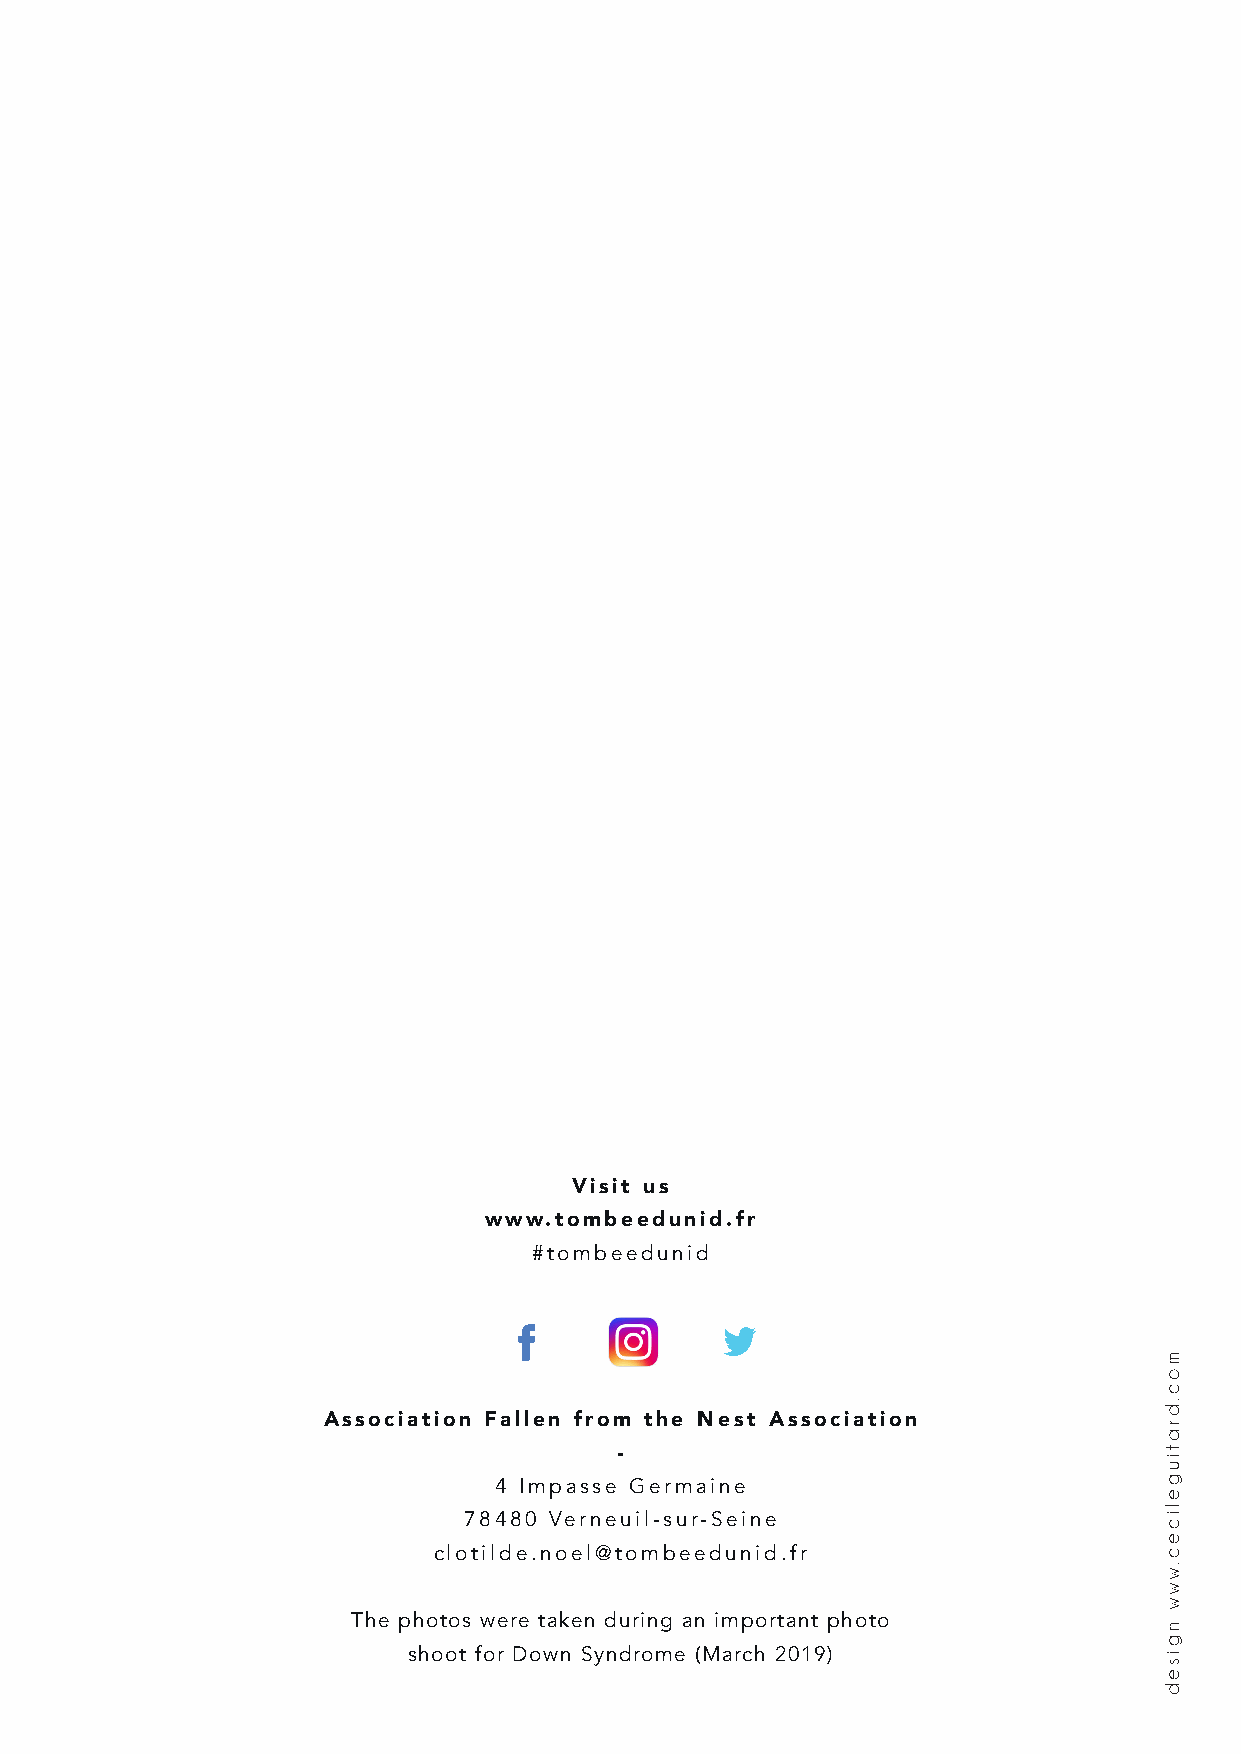
Visit us
 www.tombeedunid.fr
 #tombeedunid
 Association Fallen from the Nest Association
 -
 4 Impasse Germaine
 78480 Verneuil-sur-Seine
 clotilde.noel@tombeedunid.fr
 The photos were taken during an important photo
 shoot for Down Syndrome (March 2019)
 moc.dratiugelicec.www
 ngised